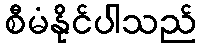
စီမံနိုင်ပါသည်